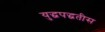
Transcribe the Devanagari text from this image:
युद्धपद्धतीस